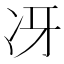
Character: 冴